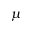
\mu